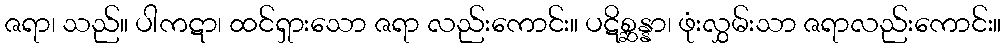
ဇရာ၊ သည်။ ပါကဋာ၊ ထင်ရှားသော ဇရာ လည်းကောင်း။ ပဋိစ္ဆန္နာ၊ ဖုံးလွှမ်းသာ ဇရာလည်းကောင်း။